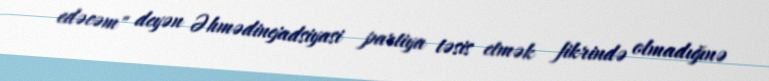
edəcəm" deyən Əhmədinejadsiyasi partiya təsis etmək fikrində olmadığınə